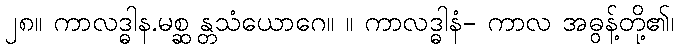
၂၈။ ကာလဒ္ဓါန.မစ္ဆ န္တသံယောဂေ။ ။ ကာလဒ္ဓါနံ- ကာလ အဓွန့်တို့၏၊